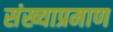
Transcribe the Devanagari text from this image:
संख्याप्रमाण